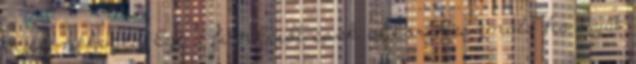
bejelentkezés Ezt a funkciót csak akkor használd ha saját